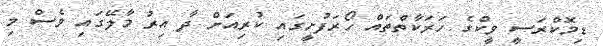
ޑިމޮކްރަސީ ވީކްގެ ހަރަކާތްތައް ހޯރަފުށީގައި ކުރިއަށް ދާ އިރު މާލޭގައި ވެސް މި